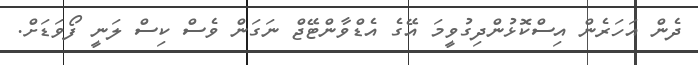
ދެން އަހަރެން އިސްކޮޅުންދިގުވީމަ އޭގެ އެޑްވާންޓޭޖް ނަގަން ވެސް ކިސް ލަނީ ފޯވަޑަށް.